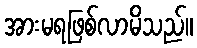
အားမရဖြစ်လာမိသည်။